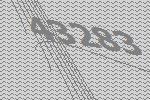
43283